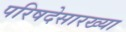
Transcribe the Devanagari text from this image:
परिषदेसारख्या